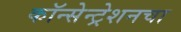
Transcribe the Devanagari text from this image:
कॉन्सेन्ट्रेशनचा